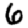
Digit: 6